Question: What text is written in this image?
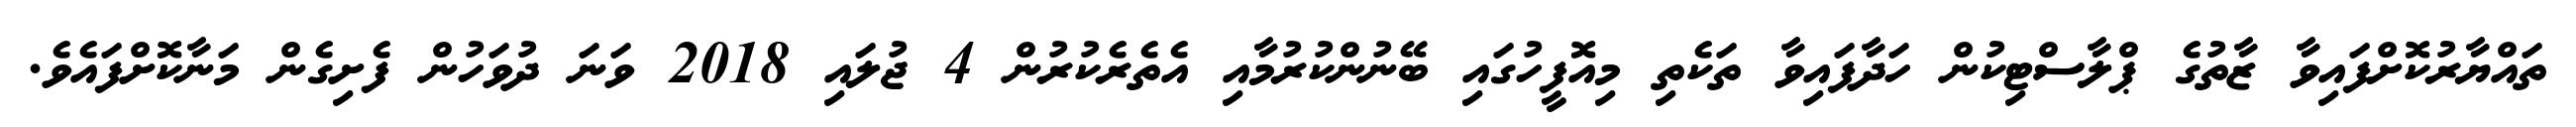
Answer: ތައްޔާރުކޮށްފައިވާ ޒާތުގެ ޕްލާސްޓިކުން ހަދާފައިވާ ތަކެތި މިއޮފީހުގައި ބޭނުންކުރުމާއި އެތެރެކުރުން 4 ޖުލައި 2018 ވަނަ ދުވަހުން ފެށިގެން މަނާކޮށްފައެވެ.